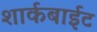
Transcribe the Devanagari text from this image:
शार्कबाईट